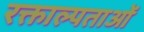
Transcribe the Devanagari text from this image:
रक्ताल्पताओं